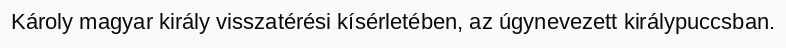
Károly magyar király visszatérési kísérletében, az úgynevezett királypuccsban.